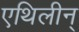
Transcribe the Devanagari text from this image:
एथिलीन्‌